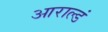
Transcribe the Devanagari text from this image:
आराल्डं